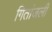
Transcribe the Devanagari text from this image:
गितांजली